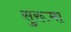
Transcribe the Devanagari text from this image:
सुरूमा